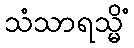
သံသာရသ္မိံ